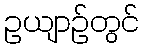
ဥယျာဉ်တွင်